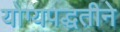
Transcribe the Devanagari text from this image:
योग्यपद्धतीने